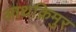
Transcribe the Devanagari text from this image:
आथक्रिमुर